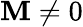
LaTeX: \mathbf{M}\ne0